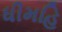
ધીમહિ